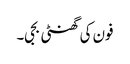
فون کی گھنٹی بجی۔